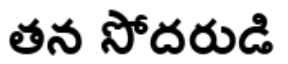
తన సోదరుడి